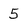
Character: 5